Report of the Indian Hemp Drugs Commission, 1894-1895 - Volume IV
Year: 1894
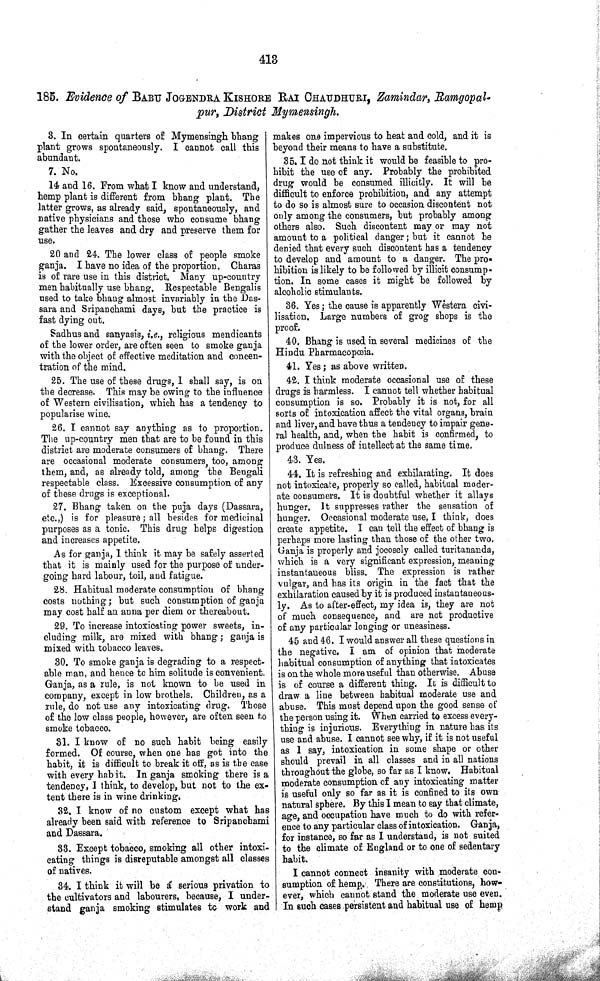
413
185. Evidence of BABU JOGENDRA KISHORE RAI CHAUDHURI, Zamindar, Ramgopal-
pur, District Mymensingh.
3. In certain quarters of Mymensingh bhang
plant grows spontaneously. I cannot call this
abundant.
7. No.
14 and 16. From what I know and understand,
hemp plant is different from bhang plant. The
latter grows, as already said, spontaneously, and
native physicians and those who consume bhang
gather the leaves and dry and preserve them for
use.
20 and 24. The lower class of people smoke
ganja. I have no idea of the proportion. Charas
is of rare use in this district. Many up-country
men habitually use bhang. Respectable Bengalis
used to take bhang almost invariably in the Das-
sara and Sripanchami days, but the practice is
fast dying out.
Sadhus and sanyasis, i.e., religious mendicants
of the lower order, are often seen to smoke ganja
with the object of effective meditation and concen-
tration of the mind.
25. The use of these drugs, I shall say, is on
the decrease. This may be owing to the influence
of Western civilisation, which has a tendency to
popularise wine.
26. I cannot say anything as to proportion.
The up-country men that are to be found in this
district are moderate consumers of bhang. There
are occasional moderate consumers, too, among
them, and, as already told, among the Bengali
respectable class. Excessive consumption of any
of these drugs is exceptional.
27. Bhang taken on the puja days (Dassara,
etc.,) is for pleasure; all besides for medicinal
purposes as a tonic. This drug helps digestion
and increases appetite.
As for ganja, I think it may be safely asserted
that it is mainly used for the purpose of under-
going hard labour, toil, and fatigue.
28. Habitual moderate consumption of bhang
costs nothing; but such consumption of ganja
may cost half an anna per diem or thereabout.
29. To increase intoxicating power sweets, in-
cluding milk, are mixed with bhang; ganja is
mixed with tobacco leaves.
30. To smoke ganja is degrading to a respect-
able man, and hence to him solitude is convenient.
Ganja, as a rule, is not known to be used in
company, except in low brothels. Children, as a
rule, do not use any intoxicating drug. Those
of the low class people, however, are often seen to
smoke tobacco.
31. I know of no such habit being easily
formed. Of course, when one has got into the
habit, it is difficult to break it off, as is the case
with every habit. In ganja smoking there is a
tendency, I think, to develop, but not to the ex-
tent there is in wine drinking.
32. I know of no custom except what has
already been said with reference to Sripanchami
and Dassara.
33. Except tobacco, smoking all other intoxi-
cating things is disreputable amongst all classes
of natives.
34. I think it will be a serious privation to
the cultivators and labourers, because, I under-
stand ganja smoking stimulates to work and
makes one impervious to heat and cold, and it is
beyond their means to have a substitute.
35. I do not think it would be feasible to pro-
hibit the use of any. Probably the prohibited
drug would be consumed illicitly. It will be
difficult to enforce prohibition, and any attempt
to do so is almost sure to occasion discontent not
only among the consumers, but probably among
others also. Such discontent may or may not
amount to a political danger; but it cannot be
denied that every such discontent has a tendency
to develop and amount to a danger. The pro-
hibition is likely to be followed by illicit consump-
tion. In some cases it might be followed by
alcoholic stimulants.
36. Yes; the cause is apparently Western civi-
lisation. Large numbers of grog shops is the
proof.
40. Bhang is used in several medicines of the
Hindu Pharmacopœia.
41. Yes; as above written.
42. I think moderate occasional use of these
drugs is harmless. I cannot tell whether habitual
consumption is so. Probably it is not, for all
sorts of intoxication affect the vital organs, brain
and liver, and have thus a tendency to impair gene-
ral health, and, when the habit is confirmed, to
produce dulness of intellect at the same time,
43. Yes.
44. It is refreshing and exhilarating. It does
not intoxicate, properly so called, habitual moder-
ate consumers. It is doubtful whether it allays
hunger. It suppresses rather the sensation of
hunger. Occasional moderate use, I think, does
create appetite. I can tell the effect of bhang is
perhaps more lasting than those of the other two.
Ganja is properly and jocosely called turitananda,
which is a very significant expression, meaning
instantaneous bliss. The expression is rather
vulgar, and has its origin in the fact that the
exhilaration caused by it is produced instantaneous-
ly. As to after-effect, my idea is, they are not
of much consequence, and are not productive
of any particular longing or uneasiness.
45 and 46. I would answer all these questions in
the negative. I am of opinion that moderate
habitual consumption of anything that intoxicates
is on the whole more useful than otherwise. Abuse
is of course a different thing. It is difficult to
draw a line between habitual moderate use and
abuse. This must depend upon the good sense of
the person using it. When carried to excess every-
thing is injurious. Everything in nature has its
use and abuse. I cannot see why, if it is not useful
as I say, intoxication in some shape or other
should prevail in all classes and in all nations
throughout the globe, so far as I know. Habitual
moderate consumption of any intoxicating matter
is useful only so far as it is confined to its own
natural sphere. By this I mean to say that climate,
age, and occupation have much to do with refer-
ence to any particular class of intoxication. Ganja,
for instance, so far as I understand, is not suited
to the climate of England or to one of sedentary
habit.
I cannot connect insanity with moderate con-
sumption of hemp. There are constitutions, how-
ever, which cannot stand the moderate use even.
In such cases persistent and habitual use of hemp